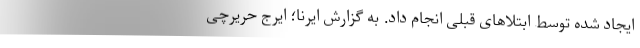
ایجاد شده توسط ابتلاهای قبلی انجام داد. به گزارش ایرنا؛ ایرج حریرچی